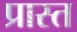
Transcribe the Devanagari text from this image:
प्रास्त